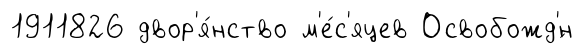
1911826 двор'я́нство м'е́с'яцев Освобожд'́н